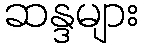
ဆန္ဒများ